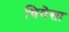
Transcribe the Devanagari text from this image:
चियेसा